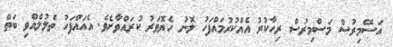
އަސޭމިރުސް މަސްމިރުސް ރިހާކުރު އެއްކުރުމައްފަހު ލޮނު ހެޔޮވަރު ކުރައްވާށެވެ. އެއައްފަހު ތެލުލެއްވި ބަތް